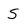
Character: S